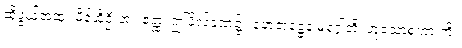
ဆိုဖွယ်အထူး မိန့်ဆိုဦးအံ့။ ဧတ္ထ၊ ဤဖိုလ်ခဏ၌။ ဟေတုဋ္ဌေန မဂ္ဂေါတိ၊ ဟူသောစကားကို။